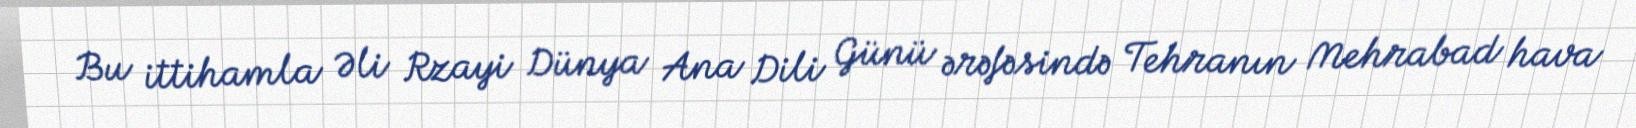
Bu ittihamla Əli Rzayi Dünya Ana Dili Günü ərəfəsində Tehranın Mehrabad hava